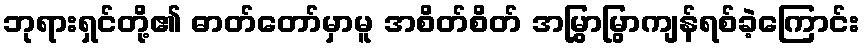
ဘုရားရှင်တို့၏ ဓာတ်တော်မှာမူ အစိတ်စိတ် အမြွှာမြွာကျန်ရစ်ခဲ့ကြောင်း